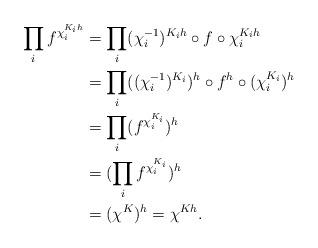
LaTeX: \begin{align*}\prod_i f^{\chi_i^{K_ih}} &= \prod_i (\chi_i^{-1})^{K_ih} \circ f \circ \chi_i^{K_ih} \\&= \prod_i ((\chi_i^{-1})^{K_i})^h \circ f^h \circ (\chi_i^{K_i})^h \\&= \prod_i (f^{\chi_i^{K_i}})^h \\&= (\prod_i f^{\chi_i^{K_i}})^h \\&= (\chi^K)^h = \chi^{Kh}.\end{align*}